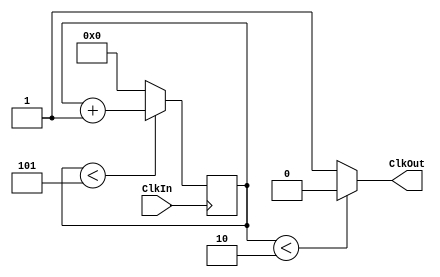
module divfreq(ClkIn, ClkOut);

input ClkIn;
output ClkOut;

parameter NB = 5;
parameter NBTON = 2;
parameter POLARITE = 0;
parameter BUS_SIZE = 8;
reg ClkOut;
reg[BUS_SIZE-1:0] i;

always @(negedge(ClkIn))
begin
	if (i < NB)
	begin
		i <= i + 1;
	end
	else
	begin
		i <= 0;
	end
end


always @(i)
begin
	if (i < NBTON)
	begin
		ClkOut <= POLARITE;
	end
	else
	begin
		ClkOut <= ~POLARITE;
	end	
end


endmodule